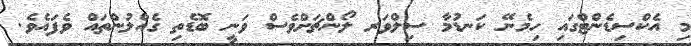
މި އެކްސިޑެންޓްގައި ހިމެނޭ ކަނޑުމާ ސިލްވަރ ލޯންޗަށްވެސް ވަނީ ބޮޑެތި ގެއްލުންތައް ވެފައެވެ.